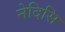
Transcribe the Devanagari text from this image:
नेदिसि